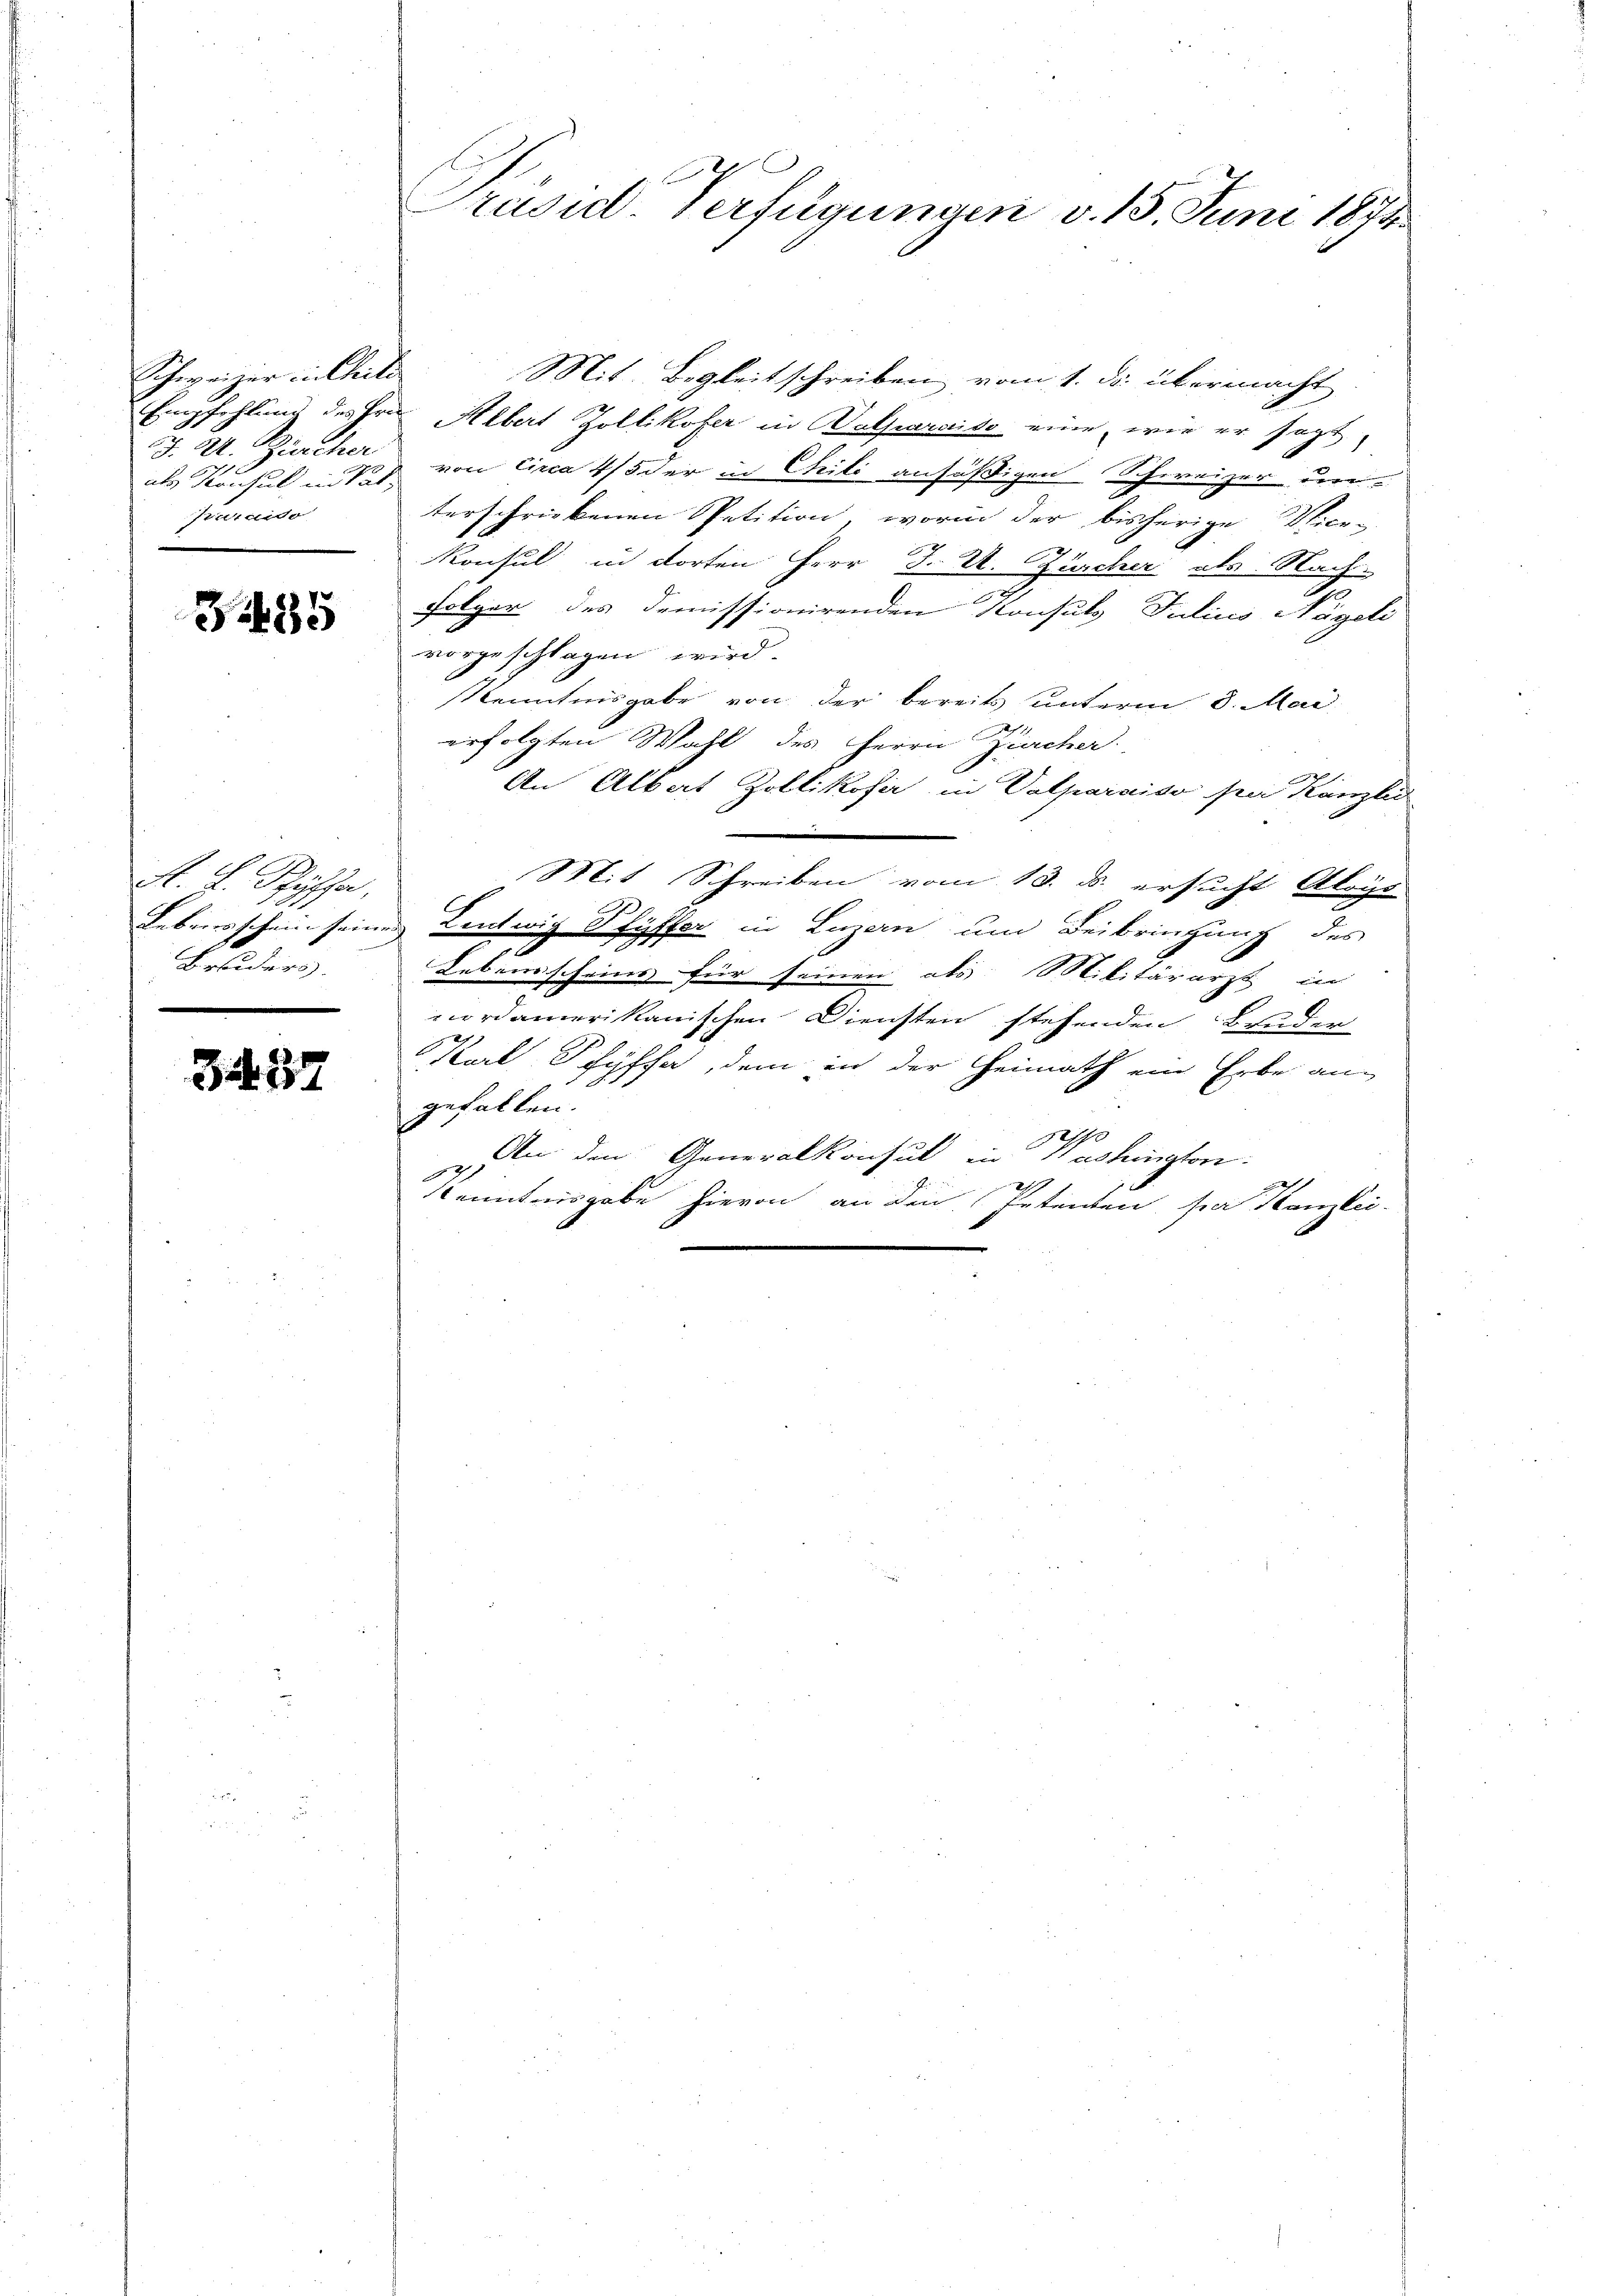
Schweizer in Chili
als Konsul in Sat
Hurniso

3485

A. F. Pfyffer,
Briders.

3437

Prasul Verfügungen v. 15. Juni 1874.

Mit Begleitschreiben vom 1. ds. übermacht
Empfehlung des Hrn. Albert Zollikofer in alparaiso eine, wie er sagt,
J. U. Zürcher von circa 4/5 der in Cili ansäßigen Schweizer un
terschriebenen Spetition, worin der bisherige Vice-
1
Konsul in dorten Herr J. U. Zürcher als Nach-
Folger des demissionirenden Konsuls Julius Nägeli
vorgeschlagen wird.
Kenntnisgabe von der bereits unterm 8. Mai
erfolgten Wahl des Herrn Zürcher.
An Albert Zollikofer in Valparaiso par Kanzlei
Mit Schreiben vom 13. ds. ersucht Aloys
Lebensschein seines Lentwig Pfyffer in Luzern um Beibringung des
e
Lebensscheins für seinen als Militärarzt in
nordamerikanischen Diensten stehenden Bruder
Karl Schiffe, dem in der Heimath ein Erbe an-
gefallen.
se
 den den Generalkonsul in Washington.
d
Kenntnisgabe hievon an den Petenten, sie Kanzlei-